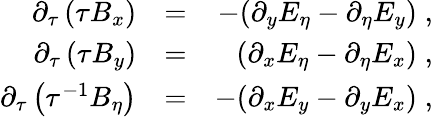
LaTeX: \begin{array}{rlr}{\partial_{\tau}\left(\tau B_{x}\right)}&{=}&{-(\partial_{y}E_{\eta}-\partial_{\eta}E_{y})\; ,}\\ {\partial_{\tau}\left(\tau B_{y}\right)}&{=}&{(\partial_{x}E_{\eta}-\partial_{\eta}E_{x})\; ,}\\ {\partial_{\tau}\left(\tau^{-1}B_{\eta}\right)}&{=}&{-(\partial_{x}E_{y}-\partial_{y}E_{x})\; ,}\end{array}